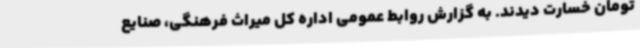
تومان خسارت دیدند. به گزارش روابط عمومی اداره کل میراث فرهنگی، صنایع